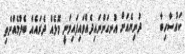
ކައުސާހިބާ     ދުނިޔެއަށް އުނގަންނައިދެއްވައިފައިވަނީ މޮޅެއް ދެރައެއް ބެލުމެއްނެތި